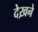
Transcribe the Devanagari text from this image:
देख़ने